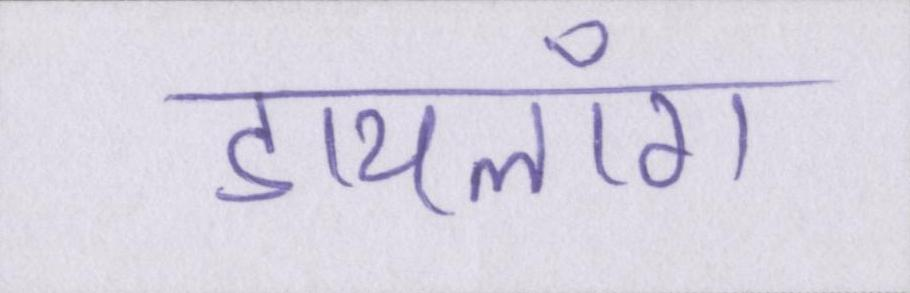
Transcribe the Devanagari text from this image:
डायलॉग